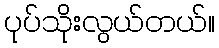
ပုပ်သိုးလွယ်တယ်။